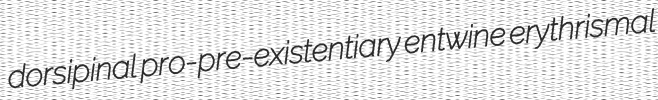
dorsipinal pro-pre-existentiary entwine erythrismal